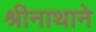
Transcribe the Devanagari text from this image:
श्रीनाथाने